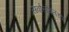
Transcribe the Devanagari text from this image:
सर्वांसोबतच्या